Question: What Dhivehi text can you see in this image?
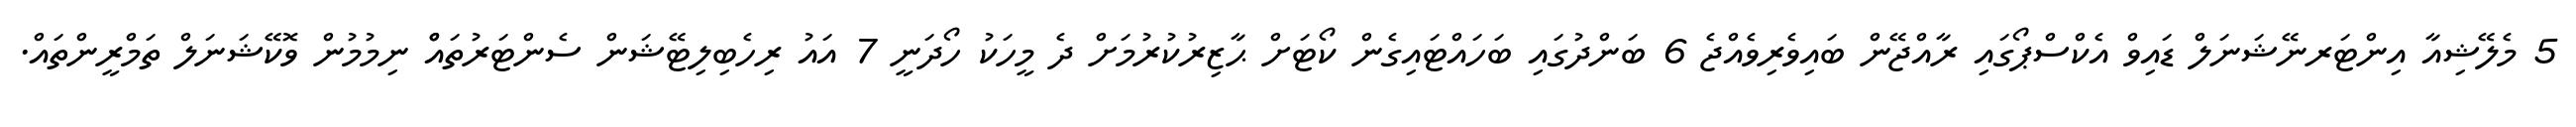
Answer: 5 މެލޭޝިއާ އިންޓަރނޭޝަނަލް ޑައިވް އެކްސްޕޯގައި ރާއްޖޭން ބައިވެރިވެއްޖެ 6 ބަންދުގައި ބަހައްޓައިގެން ކޯޓަށް ޙާޒިރުކުރުމަށް ދެ މީހަކު ހޯދަނީ 7 އައު ރިހެބިލިޓޭޝަން ސެންޓަރުތައްް ނިމުމުން ވޮކޭޝަނަލް ތަމްރީންތައް.